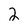
Character: 2